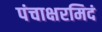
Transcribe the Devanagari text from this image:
पंचाक्षरमिदं